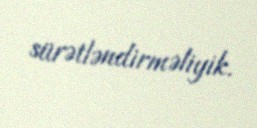
sürətləndirməliyik.